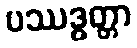
ပဿဒ္ဓတ္တာ